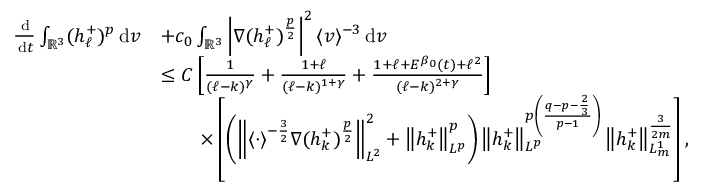
\begin{array} { r l } { \frac { \, \mathrm { d } } { \, \mathrm { d } t } \int _ { \ensuremath { { \mathbb R } } ^ { 3 } } ( h _ { \ell } ^ { + } ) ^ { p } \, \mathrm { d } v } & { + c _ { 0 } \int _ { \ensuremath { { \mathbb R } } ^ { 3 } } \left\vert \nabla ( h _ { \ell } ^ { + } ) ^ { \frac { p } { 2 } } \right\vert ^ { 2 } \langle v \rangle ^ { - 3 } \, \mathrm { d } v } \\ & { \leq C \left[ \frac { 1 } { ( \ell - k ) ^ { \gamma } } + \frac { 1 + \ell } { ( \ell - k ) ^ { 1 + \gamma } } + \frac { 1 + \ell + E ^ { \beta _ { 0 } } ( t ) + \ell ^ { 2 } } { ( \ell - k ) ^ { 2 + \gamma } } \right] } \\ & { \qquad \times \left[ \left( \left\| \langle \cdot \rangle ^ { - \frac { 3 } { 2 } } \nabla ( h _ { k } ^ { + } ) ^ { \frac { p } { 2 } } \right\| _ { L ^ { 2 } } ^ { 2 } + \left\| h _ { k } ^ { + } \right\| _ { L ^ { p } } ^ { p } \right) \left\| h _ { k } ^ { + } \right\| _ { L ^ { p } } ^ { p \left( \frac { q - p - \frac { 2 } { 3 } } { p - 1 } \right) } \left\| h _ { k } ^ { + } \right\| _ { L _ { m } ^ { 1 } } ^ { \frac { 3 } { 2 m } } \right] , } \end{array}